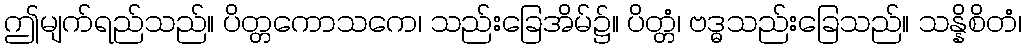
ဤမျက်ရည်သည်။ ပိတ္တကောသကေ၊ သည်းခြေအိမ်၌။ ပိတ္တံ၊ ဗဒ္ဓသည်းခြေသည်။ သန္နိစိတံ၊